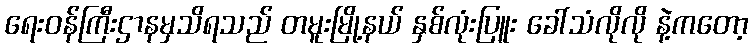
ရေးဝန်ကြီးဌာနမှသိရသည် တမူးမြို့နယ် နှစ်လုံးပြူး ခေါ်သံလိုလို နဲ့ကတော့